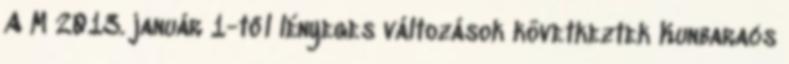
A M 2013. január 1-től lényeges változások következtek Kunbaracs